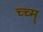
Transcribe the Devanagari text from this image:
च्च्म्